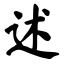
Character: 述